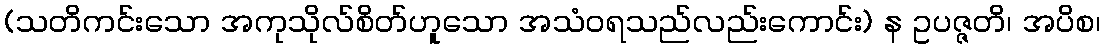
(သတိကင်းသော အကုသိုလ်စိတ်ဟူသော အသံဝရသည်လည်းကောင်း) န ဥပဇ္ဇတိ၊ အပိစ၊